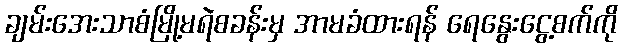
ချမ်းအေးသာစံမြို့မရဲစခန်းမှ အာမခံထားရန် ရေနွေးငွေ့စက်ကို